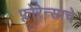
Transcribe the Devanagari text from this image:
फ्लोरेन्साचे